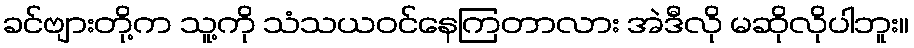
ခင်ဗျားတို့က သူ့ကို သံသယဝင်နေကြတာလား အဲဒီလို မဆိုလိုပါဘူး။